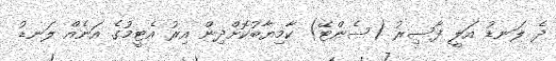
ދެ ލަނޑު އަލީ ފާސިރު (ސެންޓޭ) ކާމިޔާބުކޮށްދިން އިރު އެޓީމުގެ އަނެއް ލަނޑު